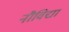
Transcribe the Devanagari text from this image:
नौविद्या